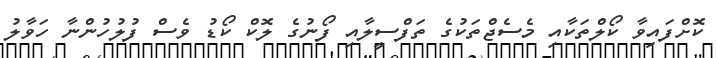
ކޮށްފައިވާ ކޯލްތަކާއި މެސެޖްތަކުގެ ތަފްސީލާއި ފޯނުގެ ލޮކް ކޯޑު ވެސް ފުލުހުންނާ ހަވާލު